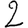
Digit: 2